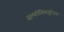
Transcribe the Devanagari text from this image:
सल्फोनिलयूरिया